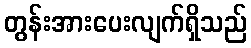
တွန်းအားပေးလျက်ရှိသည်